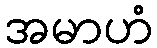
အမာဟံ